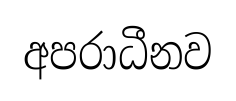
අපරාධීනව